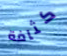
كثافة